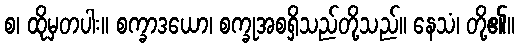
စ၊ ထိုမှတပါး။ စက္ခာဒယော၊ စက္ခုအစရှိသည်တို့သည်။ နေသံ၊ တို့၏။